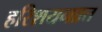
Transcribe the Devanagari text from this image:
हरिशयनव्रत